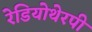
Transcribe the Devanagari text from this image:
रेडियोथेरपी